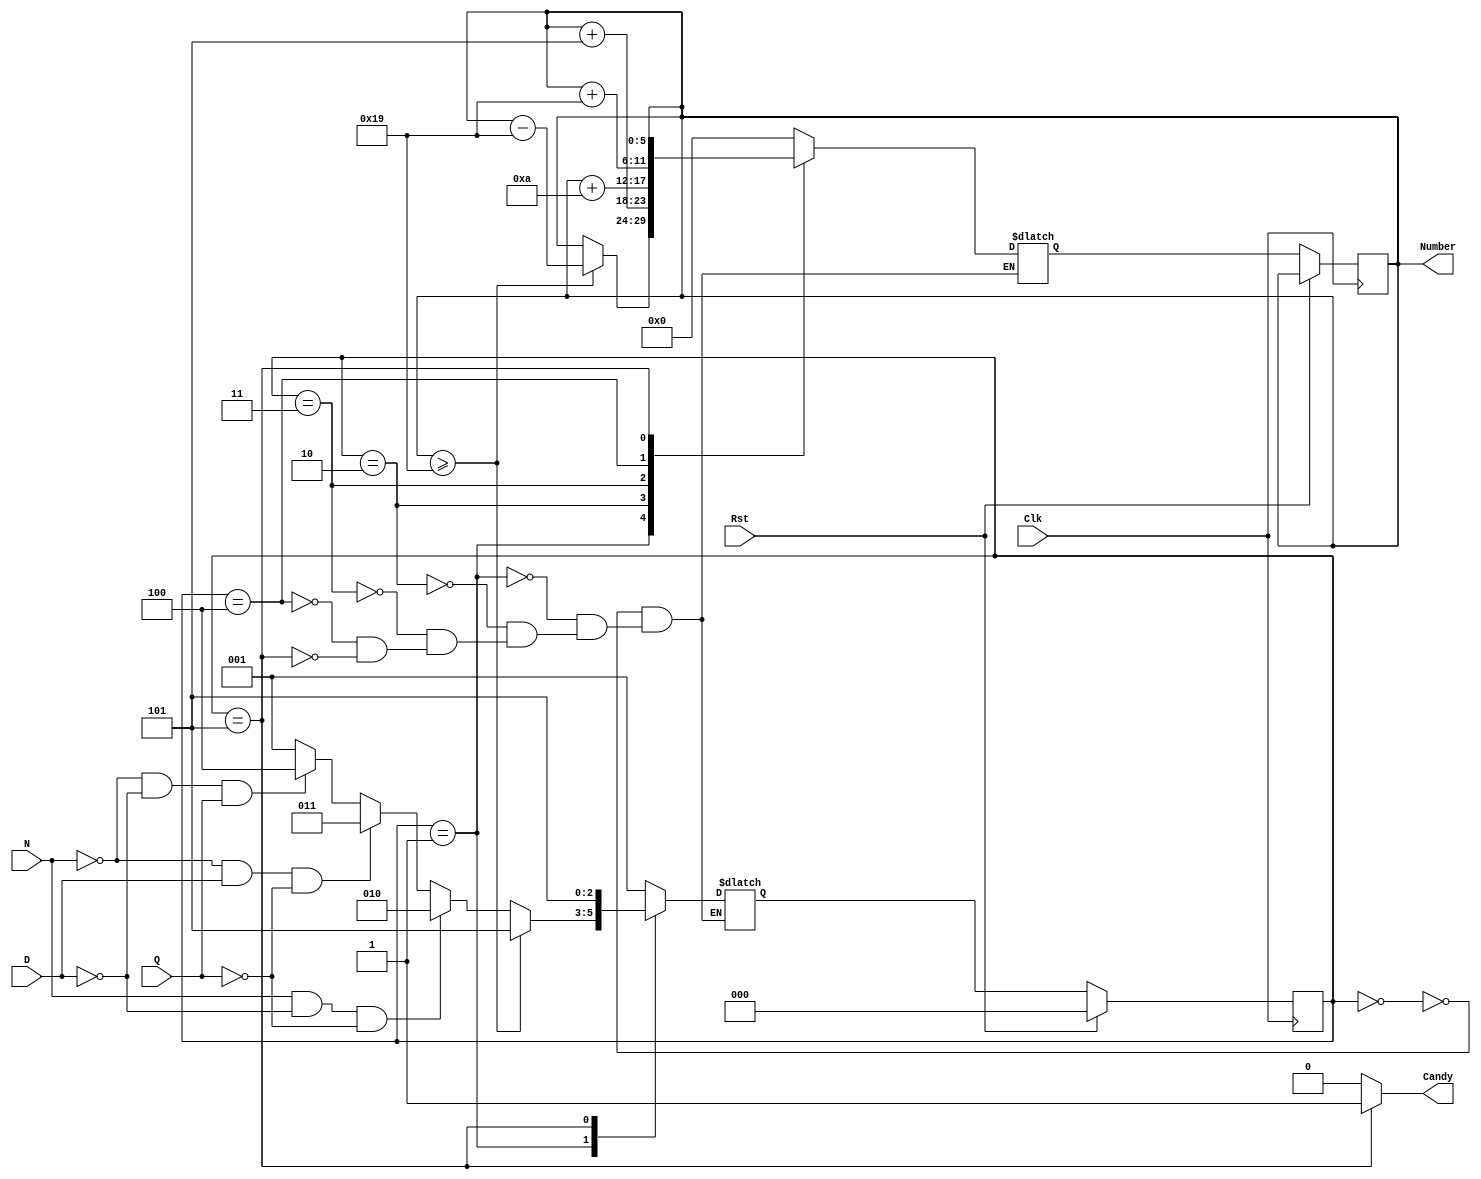
module SimpleVendingMachine(Clk, Rst, N, D, Q, Candy, Number);
    
    input Clk, Rst, N, D, Q;
    output reg Candy;
    output reg[5:0] Number;
    reg[5:0] internalNumber;
    reg[2:0] state, newState;
    
    parameter OFF = 0, WAIT = 1, NICKEL = 2, DIME = 3, QUARTER = 4, VEND = 5;
    parameter COST = 25;
    
    always @(posedge Clk) begin
        if (Rst) begin
            state <= OFF;
        end
        else begin
            state <= newState;
            Number <= internalNumber;
        end
    end
    
    always @(state, N, D, Q) begin
        Candy <= 0;
        case (state)
            OFF: begin
                internalNumber <= 0;
                newState = WAIT;
            end
            WAIT: begin
                internalNumber <= Number;
                if (Number >= COST) begin
                    internalNumber <= Number - COST;
                    newState <= VEND;
                end
                else if (N&~D&~Q) begin
                    newState <= NICKEL;
                end
                else if (~N&D&~Q) begin
                    newState <= DIME;
                end
                else if (~N&~D&Q) begin
                    newState <= QUARTER;
                end
                else begin
                    newState <= WAIT;
                end
            end
            NICKEL: begin
                internalNumber <= Number + 5;
                newState <= WAIT;
            end
            DIME: begin
                internalNumber <= Number + 10;
                newState <= WAIT;
            end
            QUARTER: begin
                internalNumber <= Number + 25;
                newState <= WAIT;
            end
            VEND: begin
                internalNumber <= Number;
                Candy <= 1;
                newState <= VEND;
            end
        endcase
    end
    
endmodule